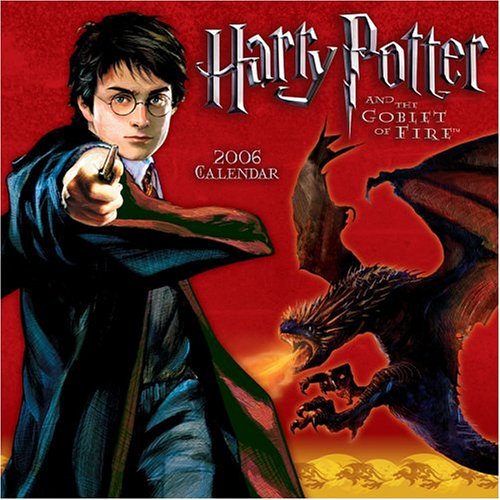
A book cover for Harry Potter and The Goblet of Fire 2006 Wall Calendar; LLC Andrews McMeel Publishing; Calendars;